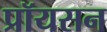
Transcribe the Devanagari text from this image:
प्रॉयसन